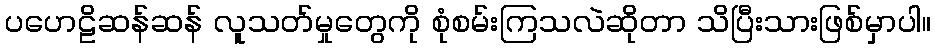
ပဟေဠိဆန်ဆန် လူသတ်မှုတွေကို စုံစမ်းကြသလဲဆိုတာ သိပြီးသားဖြစ်မှာပါ။